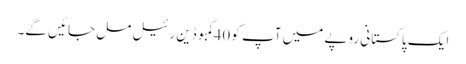
ایک پاکستانی روپے میں آپ کو 40کمبوڈین رئیل مل جائیں گے۔